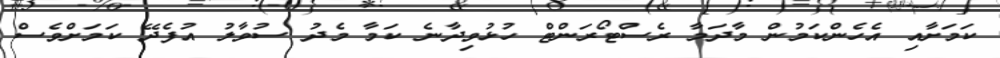
ކަމަށާއި އެހެންކަމުން މާދަމާ ރެސްޓޯރަންޓް ހުޅުވިދާނެ ކަމާ މެދު ސުވާލު އުފެދޭ ކަމަށްވެސް